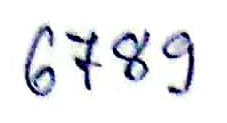
6789